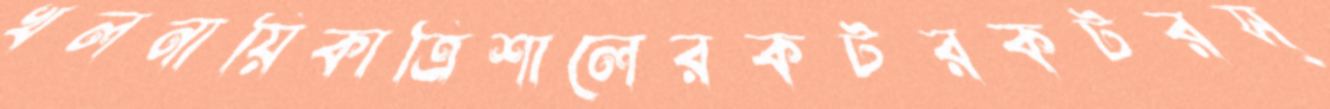
খলনায়িকাত্রিশালেরকটরকটরস্